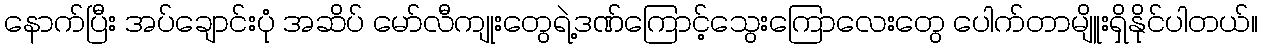
နောက်ပြီး အပ်ချောင်းပုံ အဆိပ် မော်လီကျုးတွေရဲ့ဒဏ်ကြောင့်သွေးကြောလေးတွေ ပေါက်တာမျိူးရှိနိုင်ပါတယ်။